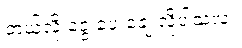
ဘယ်လို ငွေ ပေးချေ လိုပါသလဲ။